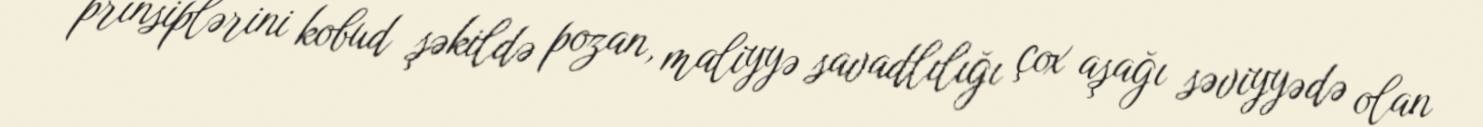
prinsiplərini kobud şəkildə pozan, maliyyə savadlılığı çox aşağı səviyyədə olan